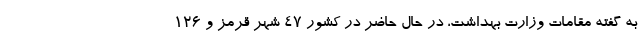
به گفته مقامات وزارت بهداشت، در حال حاضر در کشور ۴۷ شهر قرمز و ۱۲۶